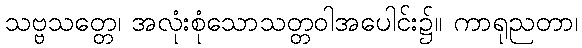
သဗ္ဗသတ္တေ၊ အလုံးစုံသောသတ္တဝါအပေါင်း၌။ ကာရုညတာ၊